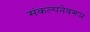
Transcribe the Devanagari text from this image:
संकल्पनेवरून